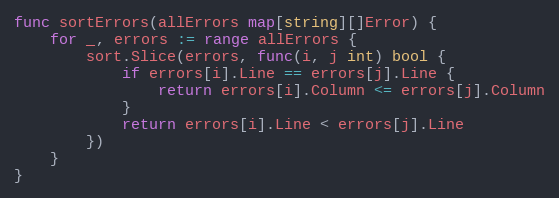
Language: Go
func sortErrors(allErrors map[string][]Error) {
	for _, errors := range allErrors {
		sort.Slice(errors, func(i, j int) bool {
			if errors[i].Line == errors[j].Line {
				return errors[i].Column <= errors[j].Column
			}
			return errors[i].Line < errors[j].Line
		})
	}
}